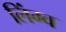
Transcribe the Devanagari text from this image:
लिंग्व